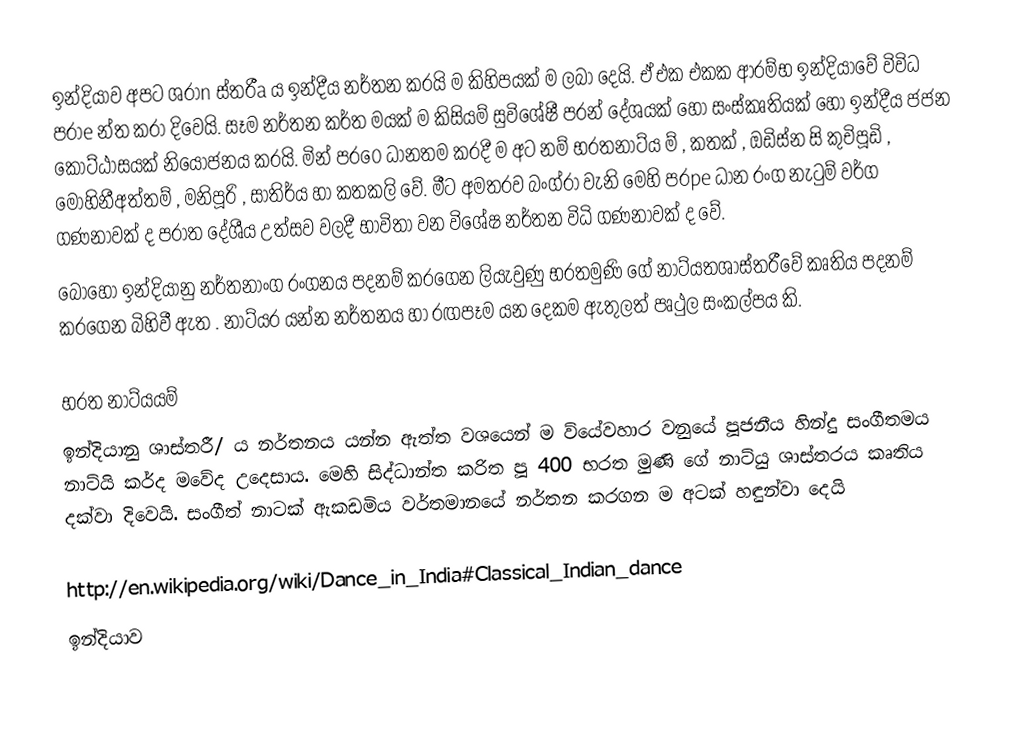
ඉන්දියාව අපට ශරාn  ස්තරීa  ය ඉන්දීය නර්තන කරයි ම කිහිපයක් ම ලබා දෙයි. ඒ එක එකක ආරම්භ ඉන්දියාවේ විවිධ පරාe  න්ත කරා දිවෙයි. සෑම නර්තන කර්ත මයක් ම කිසියම් සුවිශේෂී පරන් දේශයක් හෝ සංස්කෘතියක් හෝ ඉන්දීය ජජන කොට්ඨාසයක් නියෝජනය කරයි. මින් පර0ෙ ධානතම කරදී ම අට නම් භරතනාට්ය ම් , කතක් , ඔඩිස්න සි කුචිපූඩි , මෝහිනීඅත්තම් , මනිපූරි , සාතිර්ය හා කතකලි වේ. මීට අමතරව බංග්රා වැනි මෙහි පරpe ධාන රංග නැටුම් වර්ග ගණනාවක් ද පරාත  දේශීය උත්සව වලදී භාවිතා වන විශේෂ නර්තන විධි ගණනාවක් ද වේ.
බොහෝ ඉන්දියානු නර්තනාංග රංගනය පදනම් කරගෙන ලියැවුණු භරතමුණි ගේ නාට්යතශාස්තරීවේ කෘතිය පදනම් කරගෙන බිහිවී ඇත . නාට්යර යන්න නර්තනය හා රඟපෑම යන දෙකම ඇතුලත් පෘථුල සංකල්පය කි.

භරත නාට්යයම්
ඉන්දියානු ශාස්තරී/  ය නර්තනය යන්න ඇත්ත වශයෙන් ම ව්යේවහාර වනුයේ පූජනීය හින්දු සංගීතමය නාට්යි කර්ද මවේද උදෙසාය. මෙහි සිද්ධාන්ත කරිත   පූ 400 භරත මුණි ගේ නාට්යු ශාස්තරය   කෘතිය දක්වා දිවෙයි. සංගීත් නාටක් ඇකඩමිය වර්තමානයේ නර්තන කරගන ම අටක් හඳුන්වා දෙයි

http://en.wikipedia.org/wiki/Dance_in_India#Classical_Indian_dance
ඉන්දියාව